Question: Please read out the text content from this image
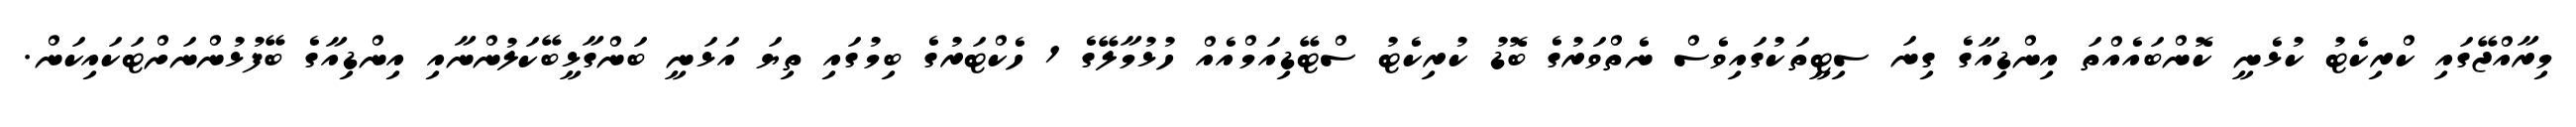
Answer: މިރާއްޖޭގައި ކްރިކެޓު ކުޅެނީ ކޮންބައެއްތަ އިންޑިއާގެ ގިނަ ސިޓީތަކުގައިވެސް ނެތްވަރުގެ ބޮޑު ކުރިކެޓު ސްޓޭޑިއަމްއެއް ހުޅުމާލޭގެ 1 ހެކްޓަރުގެ ބިމުގައި ތިޔަ އަޅަނީ ބަންގާޅީބޭކަލުންނާއި އިންޑިއާގެ ބޭފުޅުންނަށްޓަކައިކަން.